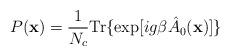
LaTeX: \begin{align*}P({\bf x}) = \frac 1{N_c} {\rm Tr} \{ \exp[ig\beta \hat{A}_0({\bf x}) ] \}\end{align*}